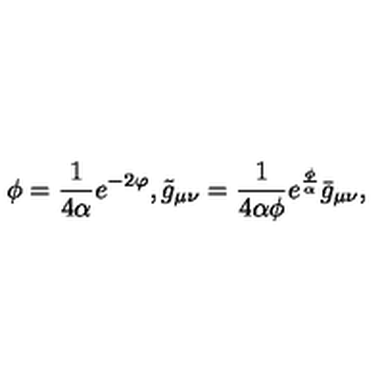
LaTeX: \phi = \frac { 1 } { 4 \alpha } e ^ { - 2 \varphi } , \tilde { g } _ { \mu \nu } = \frac { 1 } { 4 \alpha \phi } e ^ { \frac { \phi } { \alpha } } \bar { g } _ { \mu \nu } ,